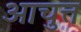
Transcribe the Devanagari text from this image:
आचुत्त